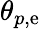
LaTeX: \theta_{p,\mathrm{e}}